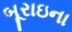
બૂરાઇના